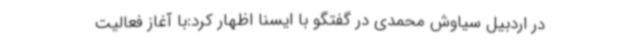
در اردبیل سیاوش محمدی در گفتگو با ایسنا اظهار کرد:با آغاز فعالیت